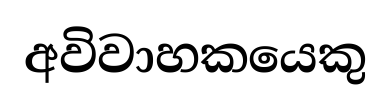
අවිවාහකයෙකු